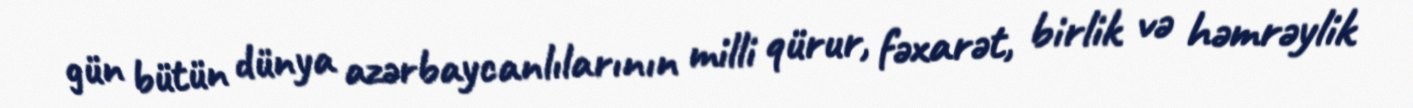
gün bütün dünya azərbaycanlılarının milli qürur, fəxarət, birlik və həmrəylik